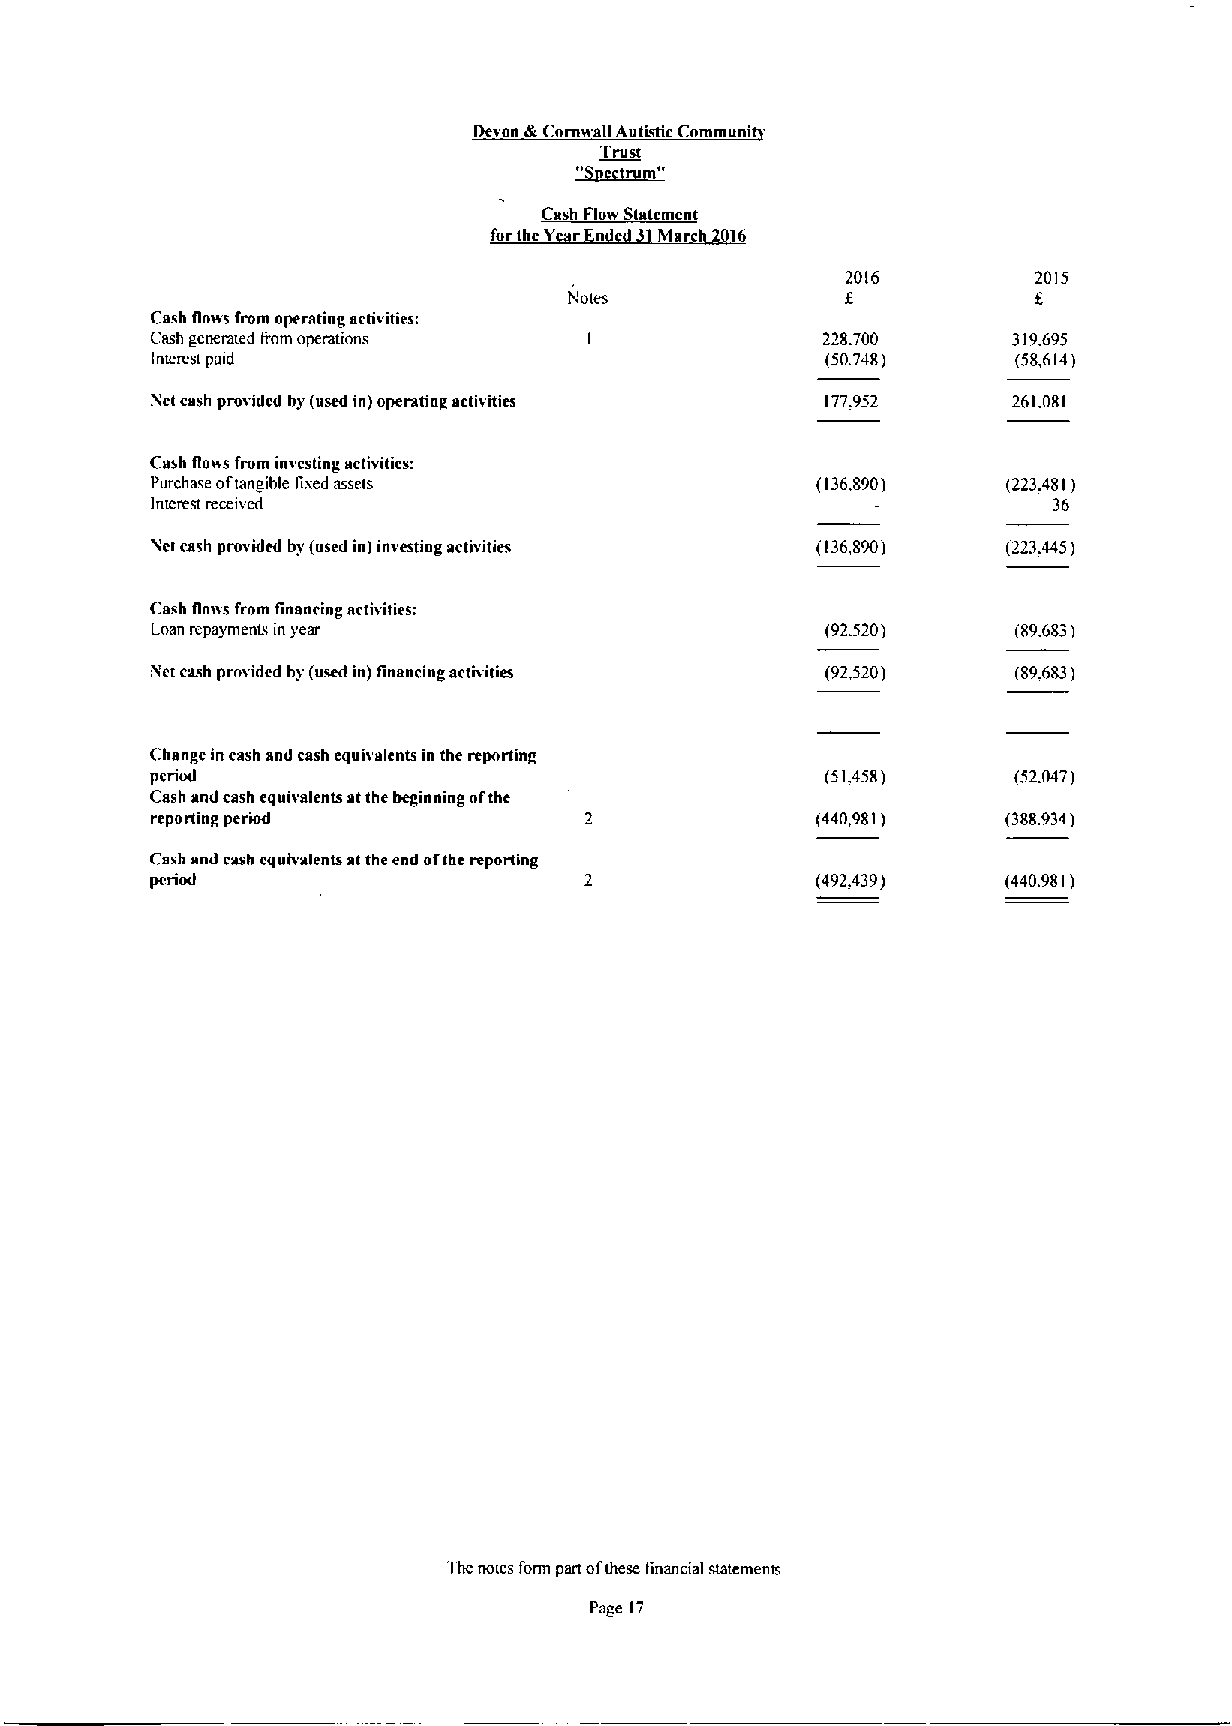
Devon dr Cornwall Autistic Communi
 Trust
 Cash Flow Statement
 forthe Y r n Mare 016
 2016         2015
 f
 Notes                         f,
 Cash flo»s from operating activities:
 Cash generated Imm operations               228.700      319.695
 Intcrcst paid                                (50.748)    (58,614)
 Nct cash provided hy (used in) operatiag activities 177.952 261.081
 Cash flo»s from investing activities:
 Purchase ottangible lixed assets            (136.890)    (223. 481 )
 Interest received                                           36
 Nct msh provided by (used in) investing activities (136,890) (223.445)
 Cash floiis from financing activities:
 Loan repayments in year                      (92.520)    (89.683)
 iNet msh provided by (used in) financing activities (92,520) (89.683)
 Change in cash and cash equivalents in the repnrting
 period                                       (51.458)    (52.047)
 Cash and cash equivalents atthe beginning ofthe
 reporting period             2              (440,981)    (388.934)
 Cash and cash equivalents at the end ofthe reporting
 pcstod                       2              (492.439)    (440.981)
 The notes form part ofthese financial statements
 Page 17